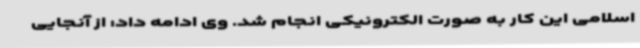
اسلامی این کار به صورت الکترونیکی انجام شد. وی ادامه داد: از آنجایی